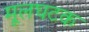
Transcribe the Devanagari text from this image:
मूलघटक